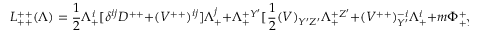
{ \cal L } _ { + + } ^ { + + } ( \Lambda ) = { \frac { 1 } { 2 } } \Lambda _ { + } ^ { i } [ \delta ^ { i j } D ^ { + + } + ( V ^ { + + } ) ^ { i j } ] \Lambda _ { + } ^ { j } + \Lambda _ { + } ^ { + Y ^ { \prime } } [ { \frac { 1 } { 2 } } ( V ) _ { Y ^ { \prime } Z ^ { \prime } } \Lambda _ { + } ^ { + Z ^ { \prime } } + ( V ^ { + + } ) _ { Y ^ { \prime } } ^ { - i } \Lambda _ { + } ^ { i } + m \Phi _ { + Y ^ { \prime } } ^ { + } ] \; ,